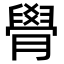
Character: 䑁